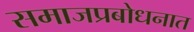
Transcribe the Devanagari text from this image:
समाजप्रबोधनात